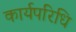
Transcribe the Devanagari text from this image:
कार्यपरिधि